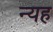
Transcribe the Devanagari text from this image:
न्यह